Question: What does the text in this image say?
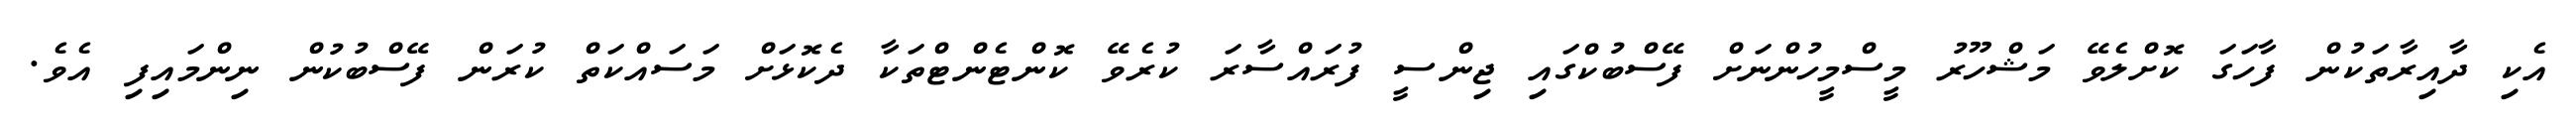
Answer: އެކި ދާއިރާތަކުން ފާހަގަ ކޮށްލެވޭ މަޝްހޫރު މީސްމީހުންނަށް ފޭސްބުކްގައި ޖިންސީ ފުރައްސާރަ ކުރެވޭ ކޮންޓެންޓްތަކާ ދެކޮޅަށް މަސައްކަތް ކުރަން ފޭސްބުކުން ނިންމައިފި އެވެ.